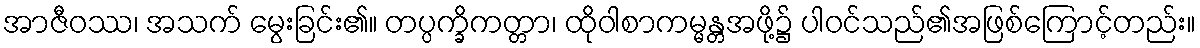
အာဇီဝဿ၊ အသက် မွေးခြင်း၏။ တပ္ပက္ခိကတ္တာ၊ ထိုဝါစာကမ္မန္တအဖို့၌ ပါဝင်သည်၏အဖြစ်ကြောင့်တည်း။